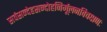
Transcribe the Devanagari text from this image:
सर्वसन्देहसन्दोहनिर्मूलनविचक्षणः